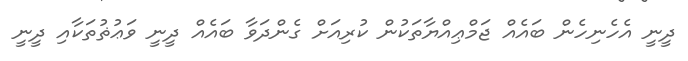
ދީނީ އެހެނިހެން ބައެއް ޖަމްޢިއްޔާތަކުން ކުރިއަށް ގެންދަވާ ބައެއް ދީނީ ވަޢުޡުތަކާއި ދީނީ